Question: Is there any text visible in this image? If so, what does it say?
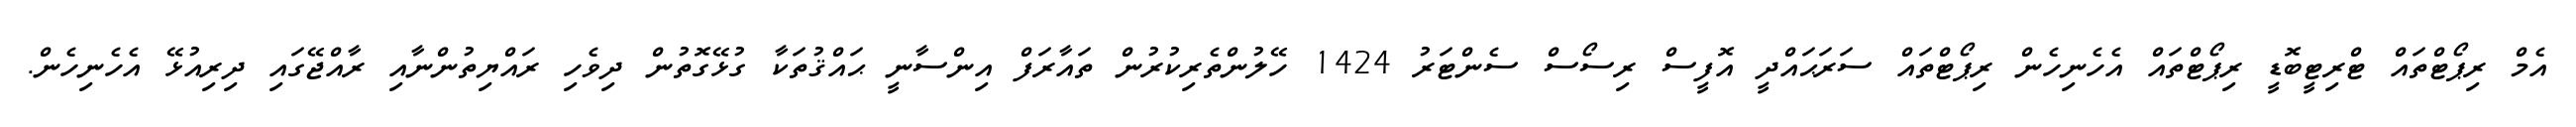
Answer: އެމް ރިޕޯޓްތައް ޓްރިޓީބޮޑީ ރިޕޯޓްތައް އެހެނިހެން ރިޕޯޓްތައް ސަރަޙައްދީ އޮފީސް ރިސޯސް ސެންޓަރު 1424 ހޭލުންތެރިކުރުން ތައާރަފް އިންސާނީ ޙައްޤުތަކާ ގުޅޭގޮތުން ދިވެހި ރައްޔިތުންނާއި ރާއްޖޭގައި ދިރިއުޅޭ އެހެނިހެން.